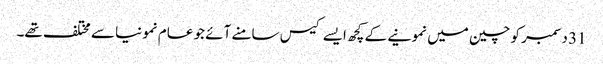
31 دسمبر کو چین میں نمونیے کے کچھ ایسے کیس سامنے آئے جو عام نمونیا سے مختلف تھے۔